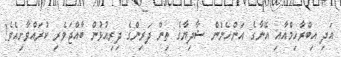
އަދި އިބްރާހިމްއާއި އޭނާގެ އަންހެނުން ޝާދިޔާގެ ތިން ދަރިންގެ ދިރިއުޅުން ބާއްޖަވެރި ކުރައްވާށިއެވެ!